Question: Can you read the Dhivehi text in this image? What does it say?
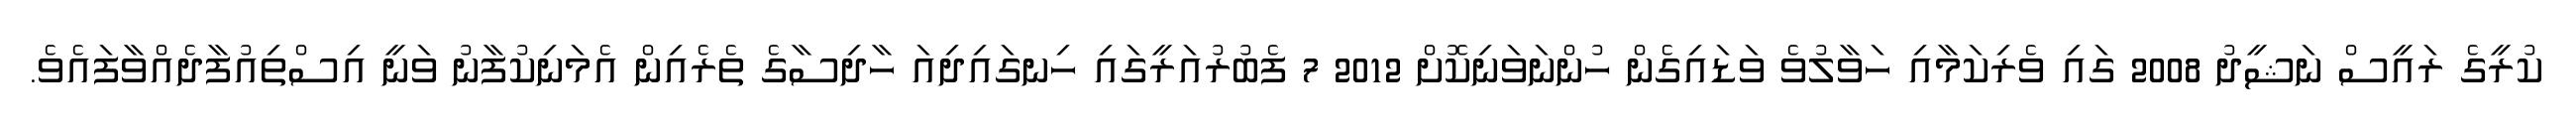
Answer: ކުރީގެ ރައީސް ނަޝީދު 2008 ގައި ވެރިކަމާއި ހަވާލުވެ ވަޑައިގެން ހުންނަވަނިކޮށް 2012 7 ފެބުރުއަރީގައި ހިނގައިދިއަ ހާދިސާގެ ތެރެއިން އެމަނިކުފާނު ވަނީ އިސްތިއުފާދެއްވާފައެވެ.